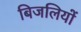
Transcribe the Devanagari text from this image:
बिजलियों